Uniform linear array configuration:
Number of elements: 24
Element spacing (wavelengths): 0.5
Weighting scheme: exponential
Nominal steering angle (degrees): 60
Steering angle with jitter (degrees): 59.287
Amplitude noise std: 0.05
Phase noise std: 0.05

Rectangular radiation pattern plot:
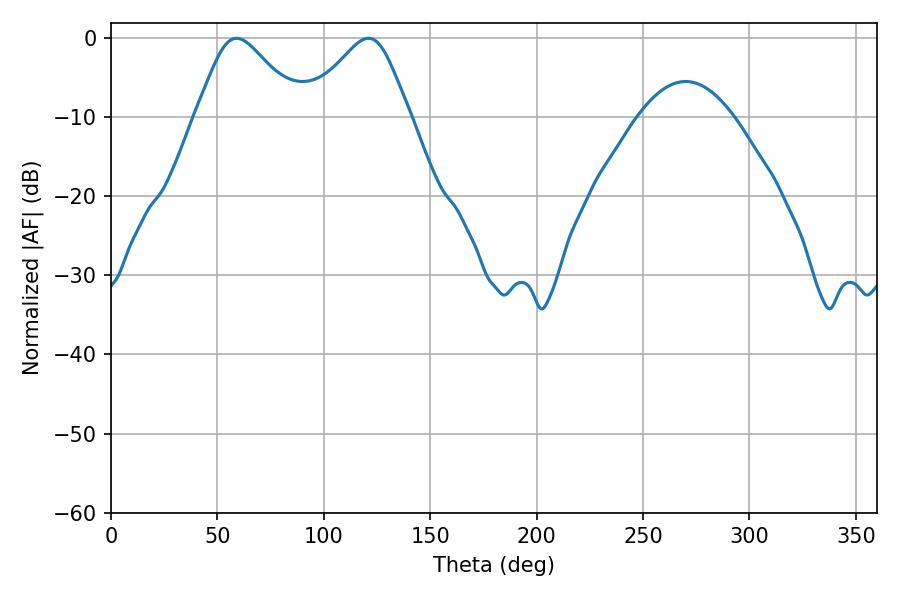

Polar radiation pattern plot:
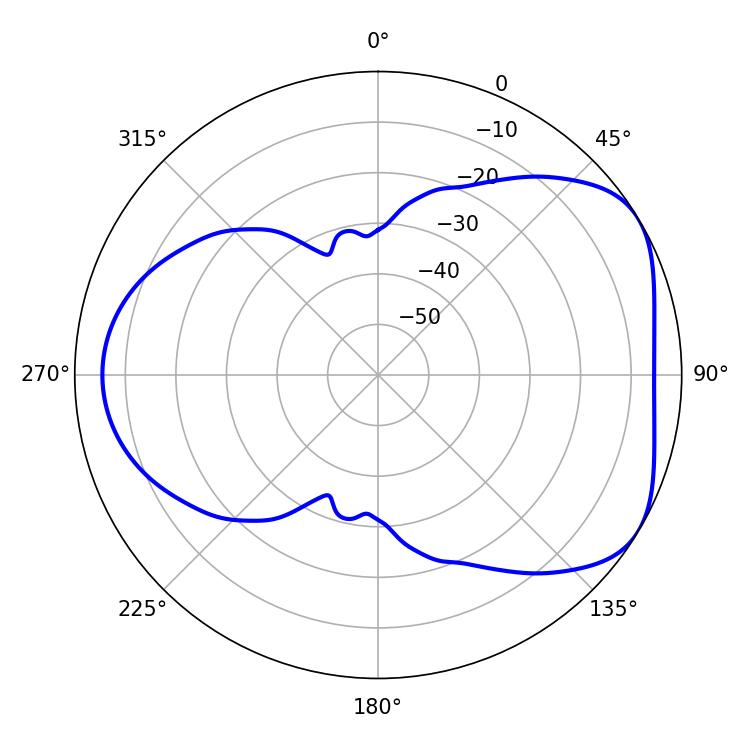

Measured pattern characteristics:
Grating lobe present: FALSE
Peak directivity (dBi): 4.793
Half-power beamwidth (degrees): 23.94
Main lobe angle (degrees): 59.04